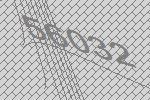
56032